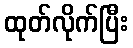
ထုတ်လိုက်ပြီး